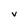
Character: v